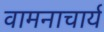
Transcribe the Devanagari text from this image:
वामनाचार्य